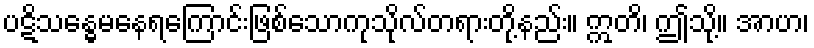
ပဋိသန္ဓေမနေရကြောင်းဖြစ်သောကုသိုလ်တရားတို့နည်း။ ဣတိ၊ ဤသို့။ အာဟ၊